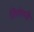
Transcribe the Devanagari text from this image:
तिरांगनी